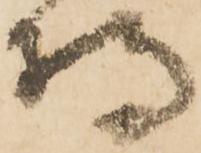
持